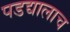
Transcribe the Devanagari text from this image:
पडद्यालाच